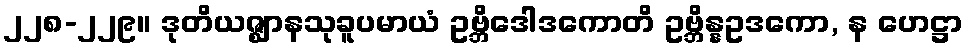
၂၂၈-၂၂၉။ ဒုတိယဇ္ဈာနသုခူပမာယံ ဥဗ္ဘိဒေါဒကောတိ ဥဗ္ဘိန္နဥဒကော, န ဟေဋ္ဌာ